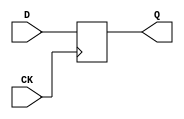
//# 8 inputs
//# 19 outputs
//# 6 D-type flipflops
//# 103 inverters
//# 550 gates (350 ANDs + 0 NANDs + 200 ORs + 0 NORs)

module dff (CK,Q,D);
input CK,D;
output Q;
reg Q;
always @ (posedge CK)
  Q <= D;
endmodule

module s1488(CK,CLR,v0,v1,v13_D_10,v13_D_11,v13_D_12,v13_D_13,v13_D_14,
  v13_D_15,
  v13_D_16,v13_D_17,v13_D_18,v13_D_19,v13_D_20,v13_D_21,v13_D_22,v13_D_23,
  v13_D_24,v13_D_6,v13_D_7,v13_D_8,v13_D_9,v2,v3,v4,v5,v6);
input CK,CLR,v6,v5,v4,v3,v2,v1,v0;
output v13_D_20,v13_D_21,v13_D_16,v13_D_22,v13_D_19,v13_D_18,v13_D_11,v13_D_23,
  v13_D_6,v13_D_15,v13_D_9,v13_D_10,v13_D_8,v13_D_24,v13_D_14,v13_D_7,v13_D_17,
  v13_D_12,v13_D_13;

  wire v12,v13_D_5C,v11,v13_D_4C,v10,v13_D_3C,v9,v13_D_2C,v8,v13_D_1C,v7,
    v13_D_0C,v0E,v1E,v2E,v3E,v4E,v5E,v6E,v7E,v8E,v9E,v10E,v11E,v12E,C208DE,
    C208D,II101,IIII518,C129DE,C129D,II114,C193D,C124DE,C124D,II143,IIII393,
    C108DE,C108D,C81DE,C81D,C83DE,C83D,II159,IIII344,C166DE,C166D,C104DE,C104D,
    C218DE,C218D,C131DE,C131D,C165DE,C165D,C220DE,C220D,C117DE,C117D,C194DE,
    C194D,C191DE,C191D,C141DE,C141D,C118DE,C118D,C70DE,C70D,C30DE,C30D,C144DE,
    C144D,C138DE,C138D,C157DE,C157D,C90DE,C90D,II246,C79D,C49DE,C49D,II294,
    IIII352,C150D,II373,IIII194,C97D,C180DE,C180D,II662,Av13_D_20B,II659,
    Av13_D_21B,C195DE,C195D,II674,Av13_D_16B,II656,Av13_D_22B,II665,Av13_D_19B,
    II668,Av13_D_18B,II689,Av13_D_11B,II653,Av13_D_23B,II704,Av13_D_6B,II677,
    Av13_D_15B,II695,Av13_D_9B,II692,Av13_D_10B,II698,Av13_D_8B,II650,
    Av13_D_24B,II680,Av13_D_14B,II722,Av13_D_0B,II701,Av13_D_7B,II713,
    Av13_D_3B,II719,Av13_D_1B,II707,Av13_D_5B,II710,Av13_D_4B,II671,Av13_D_17B,
    II716,Av13_D_2B,v13_D_0,v13_D_3,v13_D_1,II686,Av13_D_12B,v13_D_5,v13_D_4,
    v13_D_2,II683,Av13_D_13B,IIII533,IIII510,IIII389,IIII559,IIII546,IIII479,
    IIII380,IIII287,IIII516,IIII520,II329,IIII555,IIII537,IIII489,IIII461,
    IIII427,II254,IIII554,IIII528,IIII444,IIII442,II368,IIII534,IIII471,
    IIII464,IIII453,IIII430,IIII425,IIII167,IIII547,IIII524,II142,IIII508,
    IIII501,IIII492,IIII409,IIII357,IIII317,IIII170,IIII336,IIII560,IIII538,
    IIII506,IIII476,IIII466,IIII447,IIII417,IIII415,IIII412,IIII396,IIII372,
    IIII366,IIII333,IIII315,C155D,IIII251,IIII200,IIII189,IIII291,C142D,
    IIII392,IIII323,C127D,IIII381,IIII321,C33D,IIII378,IIII390,IIII350,IIII354,
    IIII399,IIII320,IIII349,IIII318,IIII486,IIII152,IIII329,IIII171,IIII175,
    IIII439,IIII403,IIII387,IIII369,IIII328,IIII310,IIII239,II642,IIII332,
    IIII306,IIII395,IIII347,IIII494,IIII299,IIII43,IIII365,C56D,IIII326,
    IIII500,IIII483,IIII478,IIII470,IIII468,IIII449,IIII296,IIII269,IIII259,
    IIII232,IIII513,C77D,IIII356,C50D,IIII335,IIII495,IIII420,IIII460,IIII435,
    IIII359,IIII338,IIII482,IIII452,IIII441,IIII498,IIII406,IIII191,IIII186,
    IIII134,C151D,IIII176,C145D,IIII497,IIII405,IIII463,IIII346,IIII485,
    IIII383,IIII219,IIII398,IIII341,IIII163,IIII109,C179D,IIII224,C163D,
    IIII503,IIII473,IIII456,IIII429,IIII419,IIII402,IIII386,IIII374,IIII205,
    IIII342,C159D,IIII438,IIII436,IIII433,IIII339,IIII272,IIII247,IIII243,
    IIII229,IIII226,IIII215,IIII202,IIII182,IIII179,IIII161,IIII148,IIII140,
    IIII136,C47D,IIII75,IIII111,C98D,IIII210,C120D,IIII375,C86D,IIII141,C170D,
    IIII79,IIII31,IIII514,IIII505,IIII491,IIII475,IIII450,IIII414,IIII384,
    IIII362,IIII293,IIII278,IIII256,IIII253,IIII250,IIII151,IIII363,C178D,
    IIII423,IIII302,IIII284,IIII131,IIII64,IIII360,C59D,IIII457,IIII446,
    IIII432,IIII377,IIII371,IIII368,IIII325,IIII314,IIII275,IIII157,C82D,
    IIII308,C111D,IIII208,C122D,IIII234,C167D,IIII35,IIII95,C76D,IIII282,C36D,
    IIII237,C221D,IIII177,C137D,IIII80,C192D,IIII305,IIII266,IIII212,IIII145,
    IIII203,C34D,IIII209,C119D,IIII199,C63D,IIII288,C203D,IIII206,IIII233,
    C168D,IIII128,C69D,IIII281,C29D,IIII285,C222D,IIII158,C84D,IIII227,C139D,
    IIII197,C158D,IIII248,C45D,IIII86,C54D,IIII91,C148D,IIII213,C57D,IIII276,
    C27D,IIII303,C172D,IIII263,C41D,IIII113,C93D,IIII114,IIII220,C51D,IIII240,
    C125D,IIII130,C60D,IIII267,C214D,C213D,IIII260,C78D,IIII222,C156D,IIII297,
    C209D,IIII101,C128D,IIII41,C96D,IIII34,C91D,IIII294,C211D,IIII174,C143D,
    IIII173,C146D,IIII273,C201D,IIII218,C44D,IIII192,IIII66,C100D,IIII82,C217D,
    IIII44,C106D,IIII104,C107D,IIII223,C160D,IIII257,C215D,IIII39,C103D,
    IIII230,C109D,IIII98,C87D,C200D,IIII40,C92D,IIII245,C185D,IIII65,IIII270,
    C55D,IIII300,C105D,IIII280,C26D,IIII311,C71D,IIII164,C133D,IIII156,C80D,
    IIII216,C189D,IIII254,C39D,IIII58,C75D,IIII106,C114D,IIII62,C95D,IIII262,
    C42D,IIII236,C219D,IIII242,C130D,IIII73,C31D,IIII188,C175D,IIII196,C161D,
    IIII149,C112D,IIII169,IIII183,C183D,IIII117,C35D,IIII120,C123D,IIII160,
    C65D,IIII166,C205D,IIII133,C152D,IIII142,C169D,IIII146,C223D,IIII92,C140D,
    IIII137,C46D,IIII126,C58D,IIII71,C28D,IIII180,C173D,IIII63,C99D,IIII119,
    C126D,IIII97,C88D,C210D,IIII185,IIII69,C202D,IIII153,C52D,II548,C199D,
    IIII124,C164D,C216D,IIII46,C110D,IIII54,C186D,IIII127,C73D,IIII103,C115D,
    IIII116,C37D,IIII129,C72D,IIII100,C134D,IIII96,C85D,IIII29,C190D,IIII154,
    C40D,IIII88,C43D,IIII83,C225D,IIII51,C132D,IIII49,C176D,IIII123,C162D,
    IIII105,C113D,IIII27,C184D,IIII93,C147D,IIII59,C67D,IIII68,C206D,C153D,
    IIII84,C224D,IIII89,C48D,IIII76,C174D,IIII108,C181D,IIII78,C196D,IIII72,
    C38D,IIII52,C135D,IIII36,C89D,IIII87,C53D,IIII45,C116D,IIII38,C102D,IIII32,
    C207D,IIII60,C74D,IIII48,C177D,IIII55,C187D,IIII28,C188D,II491,II497,II610,
    II542;

  dff DFF_0(CK,v12,v13_D_5C);
  dff DFF_1(CK,v11,v13_D_4C);
  dff DFF_2(CK,v10,v13_D_3C);
  dff DFF_3(CK,v9,v13_D_2C);
  dff DFF_4(CK,v8,v13_D_1C);
  dff DFF_5(CK,v7,v13_D_0C);
  not NOT_0(v0E,v0);
  not NOT_1(v1E,v1);
  not NOT_2(v2E,v2);
  not NOT_3(v3E,v3);
  not NOT_4(v4E,v4);
  not NOT_5(v5E,v5);
  not NOT_6(v6E,v6);
  not NOT_7(v7E,v7);
  not NOT_8(v8E,v8);
  not NOT_9(v9E,v9);
  not NOT_10(v10E,v10);
  not NOT_11(v11E,v11);
  not NOT_12(v12E,v12);
  not NOT_13(C208DE,C208D);
  not NOT_14(II101,v9);
  not NOT_15(IIII518,II101);
  not NOT_16(C129DE,C129D);
  not NOT_17(II114,v2);
  not NOT_18(C193D,II114);
  not NOT_19(C124DE,C124D);
  not NOT_20(II143,v10E);
  not NOT_21(IIII393,II143);
  not NOT_22(C108DE,C108D);
  not NOT_23(C81DE,C81D);
  not NOT_24(C83DE,C83D);
  not NOT_25(II159,C83D);
  not NOT_26(IIII344,II159);
  not NOT_27(C166DE,C166D);
  not NOT_28(C104DE,C104D);
  not NOT_29(C218DE,C218D);
  not NOT_30(C131DE,C131D);
  not NOT_31(C165DE,C165D);
  not NOT_32(C220DE,C220D);
  not NOT_33(C117DE,C117D);
  not NOT_34(C194DE,C194D);
  not NOT_35(C191DE,C191D);
  not NOT_36(C141DE,C141D);
  not NOT_37(C118DE,C118D);
  not NOT_38(C70DE,C70D);
  not NOT_39(C30DE,C30D);
  not NOT_40(C144DE,C144D);
  not NOT_41(C138DE,C138D);
  not NOT_42(C157DE,C157D);
  not NOT_43(C90DE,C90D);
  not NOT_44(II246,v11);
  not NOT_45(C79D,II246);
  not NOT_46(C49DE,C49D);
  not NOT_47(II294,IIII352);
  not NOT_48(C150D,II294);
  not NOT_49(II373,IIII194);
  not NOT_50(C97D,II373);
  not NOT_51(C180DE,C180D);
  not NOT_52(II662,Av13_D_20B);
  not NOT_53(v13_D_20,II662);
  not NOT_54(II659,Av13_D_21B);
  not NOT_55(C195DE,C195D);
  not NOT_56(II674,Av13_D_16B);
  not NOT_57(II656,Av13_D_22B);
  not NOT_58(v13_D_21,II659);
  not NOT_59(II665,Av13_D_19B);
  not NOT_60(v13_D_16,II674);
  not NOT_61(v13_D_22,II656);
  not NOT_62(II668,Av13_D_18B);
  not NOT_63(v13_D_19,II665);
  not NOT_64(II689,Av13_D_11B);
  not NOT_65(II653,Av13_D_23B);
  not NOT_66(II704,Av13_D_6B);
  not NOT_67(v13_D_18,II668);
  not NOT_68(II677,Av13_D_15B);
  not NOT_69(II695,Av13_D_9B);
  not NOT_70(v13_D_11,II689);
  not NOT_71(v13_D_23,II653);
  not NOT_72(II692,Av13_D_10B);
  not NOT_73(v13_D_6,II704);
  not NOT_74(II698,Av13_D_8B);
  not NOT_75(v13_D_15,II677);
  not NOT_76(v13_D_9,II695);
  not NOT_77(II650,Av13_D_24B);
  not NOT_78(v13_D_10,II692);
  not NOT_79(II680,Av13_D_14B);
  not NOT_80(v13_D_8,II698);
  not NOT_81(v13_D_24,II650);
  not NOT_82(II722,Av13_D_0B);
  not NOT_83(II701,Av13_D_7B);
  not NOT_84(II713,Av13_D_3B);
  not NOT_85(II719,Av13_D_1B);
  not NOT_86(II707,Av13_D_5B);
  not NOT_87(II710,Av13_D_4B);
  not NOT_88(v13_D_14,II680);
  not NOT_89(II671,Av13_D_17B);
  not NOT_90(II716,Av13_D_2B);
  not NOT_91(v13_D_0,II722);
  not NOT_92(v13_D_7,II701);
  not NOT_93(v13_D_3,II713);
  not NOT_94(v13_D_1,II719);
  not NOT_95(II686,Av13_D_12B);
  not NOT_96(v13_D_5,II707);
  not NOT_97(v13_D_4,II710);
  not NOT_98(v13_D_17,II671);
  not NOT_99(v13_D_2,II716);
  not NOT_100(v13_D_12,II686);
  not NOT_101(II683,Av13_D_13B);
  not NOT_102(v13_D_13,II683);
  and AND2_0(IIII533,v9,v10);
  and AND2_1(IIII510,v9,v10);
  and AND3_0(IIII389,v8,v9,v10);
  and AND2_2(IIII559,v8,v11);
  and AND2_3(IIII546,v0,v11);
  and AND2_4(IIII479,v0,v11);
  and AND2_5(IIII380,v2,v11);
  and AND2_6(IIII287,v9,v11);
  and AND2_7(IIII516,v1,v12);
  and AND2_8(IIII520,v3E,v6E);
  and AND3_1(II329,v3,v7E,v10);
  and AND3_2(IIII555,v0,v8E,v11);
  and AND4_0(IIII537,v6E,v7E,v8E,v12);
  and AND2_9(IIII489,v8E,v11);
  and AND3_3(IIII461,v8E,v9,v12);
  and AND3_4(IIII427,v8E,v9,v10);
  and AND4_1(II254,v1,v6,v7E,v8E);
  and AND3_5(IIII554,v2E,v8,v9E);
  and AND2_10(IIII528,v9E,v11);
  and AND2_11(IIII444,v3E,v9E);
  and AND3_6(IIII442,v7E,v8E,v9E);
  and AND3_7(II368,v7,v8,v9E);
  and AND2_12(IIII534,v8E,v10E);
  and AND3_8(IIII471,v1,v10E,v12);
  and AND3_9(IIII464,v8E,v10E,v11);
  and AND2_13(IIII453,v10E,v12);
  and AND3_10(IIII430,v1E,v9,v10E);
  and AND2_14(IIII425,v8E,v10E);
  and AND3_11(IIII167,v8,v11,C129D);
  and AND2_15(IIII547,v10,v11E);
  and AND2_16(IIII524,v6,v11E);
  and AND3_12(II142,v7E,v9,v11E);
  and AND2_17(IIII508,v9E,v11E);
  and AND2_18(IIII501,v8E,v11E);
  and AND2_19(IIII492,v10,v11E);
  and AND2_20(IIII409,v9,v11E);
  and AND2_21(IIII357,v10,v11E);
  and AND2_22(IIII317,v10,v11E);
  and AND2_23(IIII170,v10,v11E);
  and AND2_24(IIII352,v8,C124D);
  and AND2_25(IIII336,C124D,v12);
  and AND2_26(IIII560,v7E,v12E);
  and AND2_27(IIII538,v8,v12E);
  and AND4_2(IIII506,v7E,v9,v10E,v12E);
  and AND4_3(IIII476,v8E,v9,v11E,v12E);
  and AND3_13(IIII466,v8E,v11E,v12E);
  and AND4_4(IIII447,v8E,v9,v10E,v12E);
  and AND3_14(IIII417,v5E,v11E,v12E);
  and AND3_15(IIII415,v8E,v11E,v12E);
  and AND3_16(IIII412,v3,v10E,v12E);
  and AND2_28(IIII396,v10E,v12E);
  and AND2_29(IIII372,C129D,v12E);
  and AND4_5(IIII366,v8E,v9,v11E,v12E);
  and AND2_30(IIII333,v11E,v12E);
  and AND3_17(IIII315,C155D,v12E,C129D);
  and AND3_18(IIII251,v6E,v11E,v12E);
  and AND2_31(IIII200,v12E,C124D);
  and AND2_32(IIII189,v7,v12E);
  and AND2_33(IIII291,C142D,v11);
  and AND2_34(IIII392,C81D,v11E);
  and AND2_35(IIII323,v10E,C127D);
  and AND2_36(IIII381,C166D,v11E);
  and AND3_19(IIII321,C33D,v11E,v12E);
  and AND4_6(IIII378,C218D,v5E,v9,v12E);
  and AND2_37(IIII390,C220D,v10E);
  and AND2_38(IIII350,v11,C117D);
  and AND2_39(IIII354,C191D,v11);
  and AND2_40(IIII399,v8,C141D);
  and AND2_41(IIII320,v11,C141D);
  and AND2_42(IIII349,C118D,v11E);
  and AND2_43(IIII318,v11,C118D);
  and AND4_7(IIII486,v6E,v8E,v12,C129DE);
  and AND3_20(IIII152,v8,v12E,C129DE);
  and AND3_21(IIII329,v9,v12,C30D);
  and AND2_44(IIII171,v8,C193D);
  and AND2_45(IIII175,v9,C144D);
  and AND3_22(IIII439,v6,v12,C124DE);
  and AND4_8(IIII403,v9,v12E,C124DE,II254);
  and AND3_23(IIII387,v8E,v9E,C124DE);
  and AND2_46(IIII369,v9,C124DE);
  and AND3_24(IIII328,v3,v12E,C124DE);
  and AND4_9(IIII310,v6E,v9,v12E,C124DE);
  and AND3_25(IIII239,v9,v12,C124DE);
  and AND3_26(II642,v7E,v8E,C124DE);
  and AND2_47(IIII332,C138D,v9E);
  and AND2_48(IIII306,C129DE,C138D);
  and AND2_49(IIII395,C157D,v9E);
  and AND2_50(IIII347,C90D,v10E);
  and AND3_27(IIII494,v8E,v10,C108DE);
  and AND2_51(IIII299,v11E,C108DE);
  and AND3_28(IIII43,v8,v10,C108DE);
  and AND3_29(IIII365,C56D,v8,v11);
  and AND2_52(IIII326,C81DE,C129D);
  and AND3_30(IIII500,v8,v11,C83DE);
  and AND4_10(IIII483,v8E,v9E,v11E,C83DE);
  and AND2_53(IIII478,v10E,C83DE);
  and AND3_31(IIII470,v8,v12E,C83DE);
  and AND2_54(IIII468,v9,C83DE);
  and AND2_55(IIII449,C108DE,C83DE);
  and AND4_11(IIII296,v8E,v9E,C124DE,C83DE);
  and AND3_32(IIII269,v11E,C108DE,C83DE);
  and AND3_33(IIII259,v12E,C129DE,C83DE);
  and AND2_56(IIII232,C165D,C83DE);
  and AND3_34(IIII513,v12E,C166DE,II142);
  and AND3_35(IIII194,v3,v12,C77D);
  and AND2_57(IIII356,C50D,v10E);
  and AND2_58(IIII335,v12E,C218DE);
  and AND3_36(IIII495,v9,v11,C131DE);
  and AND3_37(IIII420,v2E,v7,C131DE);
  and AND3_38(IIII460,v2E,v12E,C165DE);
  and AND2_59(IIII435,v12,C165DE);
  and AND2_60(IIII359,v12E,C165DE);
  and AND2_61(IIII338,C108D,C165DE);
  and AND2_62(IIII482,v2,C220DE);
  and AND2_63(IIII452,v12E,C220DE);
  and AND2_64(IIII441,v11,C220DE);
  and AND2_65(IIII498,v8,C117DE);
  and AND3_39(IIII406,v8,v11,C117DE);
  and AND3_40(IIII191,v8,v11,C117DE);
  and AND3_41(IIII186,v8,v11,C117DE);
  and AND3_42(IIII134,v7E,v10,C151D);
  and AND2_66(IIII176,v10E,C145D);
  and AND3_43(IIII497,v8E,v9E,C194DE);
  and AND3_44(IIII405,v8E,v9E,C194DE);
  and AND2_67(IIII463,C165DE,C191DE);
  and AND2_68(IIII346,v12,C191DE);
  and AND3_45(IIII485,v6,C141DE,C220DE);
  and AND2_69(IIII383,C70D,C141DE);
  and AND2_70(IIII219,C49D,v9);
  and AND2_71(IIII398,v12E,C118DE);
  and AND2_72(IIII341,v11E,C118DE);
  and AND3_46(IIII163,v11E,v12E,C118DE);
  and AND4_12(IIII109,C179D,v2,v8,v11);
  and AND3_47(IIII224,C163D,v8E,v11);
  and AND2_73(IIII503,v9E,C30DE);
  and AND2_74(IIII473,v0E,C30DE);
  and AND2_75(IIII456,v9,C30DE);
  and AND2_76(IIII429,v9E,C30DE);
  and AND4_13(IIII419,v5E,v7E,v8E,C30DE);
  and AND3_48(IIII402,v8,v9E,C30DE);
  and AND4_14(IIII386,v0,C104D,v8,C30DE);
  and AND2_77(IIII374,v9E,C30DE);
  and AND2_78(IIII205,v8E,C30DE);
  and AND2_79(IIII342,C159D,v8E);
  and AND3_49(IIII438,v0,v10,C144DE);
  and AND3_50(IIII436,v8E,v9,C144DE);
  and AND2_80(IIII433,v10,C144DE);
  and AND2_81(IIII339,v8E,C144DE);
  and AND2_82(IIII272,v10E,C144DE);
  and AND2_83(IIII247,v10,C144DE);
  and AND3_51(IIII243,C131D,v9,C144DE);
  and AND3_52(IIII229,v9,v10,C144DE);
  and AND3_53(IIII226,v8E,v10E,C144DE);
  and AND3_54(IIII215,v1,v9,C144DE);
  and AND4_15(IIII202,v9E,C144DE,C83DE,C194DE);
  and AND3_55(IIII182,v8E,v10E,C144DE);
  and AND3_56(IIII179,v9,v10,C144DE);
  and AND2_84(IIII161,C144DE,C191D);
  and AND3_57(IIII148,v9,v10E,C144DE);
  and AND3_58(IIII140,v8E,v10E,C144DE);
  and AND2_85(IIII136,C47D,C144DE);
  and AND2_86(IIII75,C129DE,C144DE);
  and AND2_87(IIII111,C98D,v10E);
  and AND2_88(IIII210,v9,C120D);
  and AND2_89(IIII375,C86D,v10E);
  and AND2_90(IIII141,C170D,v8);
  and AND2_91(IIII79,v8,C170D);
  and AND3_59(IIII31,C108DE,C83DE,II642);
  and AND4_16(IIII514,v2,v7,v9E,C138DE);
  and AND4_17(IIII505,v7,v8,C138DE,C191DE);
  and AND2_92(IIII491,v10E,C138DE);
  and AND3_60(IIII475,v2E,v8,C138DE);
  and AND4_18(IIII450,v3,v8,C138DE,C104DE);
  and AND2_93(IIII414,v6,C138DE);
  and AND2_94(IIII384,v10E,C138DE);
  and AND2_95(IIII362,v8,C138DE);
  and AND4_19(Av13_D_20B,C138DE,C220DE,C104D,II329);
  and AND3_61(IIII293,C138DE,C118DE,II368);
  and AND2_96(IIII278,v10E,C138DE);
  and AND3_62(IIII256,v9,v10,C138DE);
  and AND3_63(IIII253,v1E,v10E,C138DE);
  and AND3_64(IIII250,C77D,v3,C138DE);
  and AND2_97(IIII151,v9,C138DE);
  and AND2_98(IIII363,v1E,C178D);
  and AND2_99(IIII423,v3E,C157DE);
  and AND2_100(IIII302,v11E,C157DE);
  and AND2_101(IIII284,v11E,C157DE);
  and AND3_65(IIII131,v9,v11E,C157DE);
  and AND2_102(IIII64,v11E,C157DE);
  and AND2_103(IIII360,v3E,C59D);
  and AND3_66(IIII457,v6,C124DE,C90DE);
  and AND2_104(IIII446,v11E,C90DE);
  and AND2_105(IIII432,v7,C90DE);
  and AND3_67(IIII377,v7,v10,C90DE);
  and AND2_106(IIII371,v10E,C90DE);
  and AND2_107(IIII368,C30D,C90DE);
  and AND2_108(IIII325,v10,C90DE);
  and AND2_109(IIII314,v10,C90DE);
  and AND3_68(IIII275,v7,v8,C90DE);
  and AND2_110(IIII157,C82D,v9E);
  and AND2_111(IIII308,C111D,C144DE);
  and AND2_112(IIII208,C122D,v11E);
  and AND2_113(IIII234,v8,C167D);
  and AND4_20(IIII35,C79D,v7,v9,v12E);
  and AND2_114(IIII95,C76D,C81DE);
  and AND2_115(IIII282,C36D,v12);
  and AND3_69(IIII237,v7,v12E,C221D);
  and AND2_116(IIII177,C137D,C127D);
  and AND3_70(IIII80,v7,v12E,C192D);
  and AND2_117(IIII305,v9,C49DE);
  and AND3_71(IIII266,v7,C49DE,C220DE);
  and AND2_118(IIII212,v9E,C49DE);
  and AND3_72(IIII145,C49DE,C166DE,C220DE);
  and AND2_119(IIII203,C34D,v9);
  and AND2_120(IIII209,v8,C119D);
  and AND2_121(IIII199,v9E,C63D);
  and AND2_122(IIII288,v7E,C203D);
  and AND2_123(IIII206,v7,C150D);
  and AND2_124(IIII233,C168D,v8E);
  and AND2_125(IIII128,v8,C69D);
  and AND2_126(IIII281,v3E,C29D);
  and AND2_127(IIII285,C222D,v10E);
  and AND2_128(IIII158,C84D,v10E);
  and AND3_73(IIII227,C139D,v8,v10);
  and AND3_74(IIII197,C158D,v7,v11E);
  and AND2_129(IIII248,C45D,v10E);
  and AND2_130(IIII86,C54D,C165DE);
  and AND2_131(IIII91,C148D,C131DE);
  and AND2_132(IIII213,C57D,v10E);
  and AND4_21(IIII276,C27D,v7E,v9,v12E);
  and AND2_133(IIII303,C172D,v12E);
  and AND3_75(IIII263,v7E,v11,C41D);
  and AND3_76(IIII113,v2E,v12E,C93D);
  and AND2_134(IIII114,v9,C97D);
  and AND2_135(IIII220,C51D,v12);
  and AND2_136(IIII240,C125D,v9E);
  and AND2_137(IIII130,C60D,C83D);
  and AND3_77(IIII267,C214D,v7E,v10E);
  and AND4_22(Av13_D_21B,C213D,v7E,v10E,v12E);
  and AND2_138(IIII260,v3E,C78D);
  and AND2_139(IIII222,C156D,C83DE);
  and AND3_78(IIII297,C209D,C208D,v11);
  and AND3_79(IIII101,C127D,C128D,v12E);
  and AND3_80(IIII41,v7,v12E,C96D);
  and AND2_140(IIII34,C91D,C165DE);
  and AND4_23(IIII294,C211D,v3,v7E,v11E);
  and AND2_141(IIII174,v8E,C143D);
  and AND2_142(IIII173,C146D,v11E);
  and AND2_143(IIII273,C201D,v8);
  and AND3_81(IIII218,v12E,C44D,C83DE);
  and AND3_82(IIII192,v8E,v9E,C44D);
  and AND3_83(IIII66,v8E,v12E,C100D);
  and AND3_84(IIII82,v0E,C217D,C108DE);
  and AND2_144(IIII44,v2E,C106D);
  and AND3_85(IIII104,v3,C107D,v12);
  and AND3_86(IIII223,v7E,C160D,v9E);
  and AND2_145(IIII257,C215D,v9E);
  and AND2_146(IIII39,C103D,v10E);
  and AND2_147(IIII230,C109D,v10E);
  and AND3_87(IIII98,v8E,v12,C87D);
  and AND3_88(Av13_D_16B,C200D,v8,v10);
  and AND2_148(IIII40,v2,C92D);
  and AND2_149(IIII245,C185D,v8E);
  and AND2_150(IIII65,v9,C185D);
  and AND2_151(IIII270,v1E,C55D);
  and AND2_152(IIII300,v0E,C105D);
  and AND2_153(IIII280,v1E,C26D);
  and AND2_154(IIII311,C71D,v9E);
  and AND2_155(IIII164,C133D,v8E);
  and AND2_156(IIII156,C80D,v9);
  and AND2_157(IIII216,C189D,v9E);
  and AND2_158(IIII254,C39D,v8E);
  and AND2_159(IIII58,C75D,C129DE);
  and AND2_160(IIII106,v8E,C114D);
  and AND2_161(IIII62,v6E,C95D);
  and AND2_162(IIII262,C42D,v8);
  and AND3_89(IIII236,v2E,v8,C219D);
  and AND2_163(IIII242,C130D,C165DE);
  and AND3_90(IIII73,v7,C31D,v8);
  and AND2_164(IIII188,C175D,v11);
  and AND2_165(IIII196,C161D,v11);
  and AND2_166(IIII149,C112D,v10);
  and AND2_167(IIII169,C195D,v8E);
  and AND2_168(IIII183,C183D,v8);
  and AND2_169(IIII117,v8E,C35D);
  and AND2_170(IIII120,v7E,C123D);
  and AND2_171(IIII160,v8,C65D);
  and AND2_172(IIII166,C205D,v10);
  and AND2_173(IIII133,C152D,v9);
  and AND2_174(IIII142,v7E,C169D);
  and AND3_91(IIII146,C223D,v8E,v9E);
  and AND2_175(IIII92,v7,C140D);
  and AND2_176(IIII137,v8,C46D);
  and AND2_177(IIII126,v2,C58D);
  and AND2_178(IIII71,v2E,C28D);
  and AND2_179(IIII180,C173D,v9E);
  and AND2_180(IIII63,v8,C99D);
  and AND2_181(IIII119,C126D,v8);
  and AND2_182(IIII97,C88D,v11E);
  and AND3_92(Av13_D_18B,C210D,v7E,v12E);
  and AND2_183(IIII185,v8E,C195DE);
  and AND2_184(IIII69,v7,C202D);
  and AND2_185(IIII153,C52D,v8E);
  and AND3_93(II548,C199D,v4,v5E);
  and AND2_186(IIII124,C164D,v12E);
  and AND3_94(Av13_D_23B,C216D,v7E,v8E);
  and AND2_187(IIII46,v7,C110D);
  and AND2_188(IIII54,C186D,v9E);
  and AND2_189(IIII127,C73D,v10E);
  and AND2_190(IIII103,C115D,v10);
  and AND2_191(IIII116,C37D,v9);
  and AND2_192(IIII129,v8E,C72D);
  and AND2_193(IIII100,C134D,v9E);
  and AND2_194(IIII96,v8,C85D);
  and AND2_195(IIII29,C190D,v10);
  and AND2_196(IIII154,v2,C40D);
  and AND2_197(IIII88,v2E,C43D);
  and AND2_198(IIII83,C225D,v11);
  and AND2_199(IIII51,C132D,v7);
  and AND2_200(IIII49,v8,C176D);
  and AND2_201(IIII123,v8,C162D);
  and AND2_202(IIII105,v8,C113D);
  and AND2_203(IIII27,C184D,v7);
  and AND2_204(IIII93,v7E,C147D);
  and AND2_205(IIII59,v7,C67D);
  and AND2_206(IIII68,C206D,v12E);
  and AND3_95(Av13_D_15B,v7E,v12E,II548);
  and AND2_207(Av13_D_9B,C153D,v12E);
  and AND2_208(IIII84,v7E,C224D);
  and AND2_209(IIII89,v7,C48D);
  and AND2_210(IIII76,v7E,C174D);
  and AND2_211(IIII108,C181D,C83DE);
  and AND2_212(IIII78,v7E,C196D);
  and AND2_213(IIII72,C38D,v7E);
  and AND2_214(IIII52,C135D,v7E);
  and AND2_215(IIII36,v7E,C89D);
  and AND2_216(IIII87,C53D,v7E);
  and AND2_217(IIII45,C116D,v7E);
  and AND2_218(IIII38,C102D,v7E);
  and AND2_219(IIII32,C207D,v2);
  and AND2_220(IIII60,v7E,C74D);
  and AND2_221(IIII48,C177D,v8E);
  and AND2_222(IIII55,C187D,v12E);
  and AND2_223(IIII28,v7E,C188D);
  and AND2_224(v13_D_0C,v13_D_0,CLR);
  and AND2_225(v13_D_3C,v13_D_3,CLR);
  and AND2_226(v13_D_1C,v13_D_1,CLR);
  and AND2_227(v13_D_5C,v13_D_5,CLR);
  and AND2_228(v13_D_4C,v13_D_4,CLR);
  and AND2_229(v13_D_2C,v13_D_2,CLR);
  or OR2_0(C208D,v5,v4);
  or OR2_1(C155D,v2,v7);
  or OR2_2(C129D,v9,v10);
  or OR2_3(C124D,v10,v11);
  or OR2_4(C142D,v0,v12);
  or OR2_5(C108D,v9,v12);
  or OR2_6(C81D,v2E,v12);
  or OR2_7(C83D,v4E,v5E);
  or OR2_8(C127D,v5E,v4);
  or OR2_9(C166D,v3E,v6E);
  or OR2_10(C33D,v6E,v10);
  or OR2_11(C104D,v1,v6E);
  or OR2_12(C218D,v7E,v10);
  or OR2_13(C131D,v8E,v10);
  or OR2_14(C165D,v8E,v11);
  or OR2_15(C220D,v8E,v9E);
  or OR2_16(C117D,v9E,v2);
  or OR2_17(C194D,v0,v10E);
  or OR2_18(C191D,v10E,v9);
  or OR2_19(C141D,v10E,v12);
  or OR2_20(C118D,v2E,v10E);
  or OR2_21(C70D,v0,v11E);
  or OR2_22(C30D,v10E,v11E);
  or OR2_23(C144D,v11E,v12);
  or OR2_24(C138D,v11E,v12E);
  or OR2_25(C157D,v10E,v12E);
  or OR2_26(C90D,v9,v12E);
  or OR2_27(C56D,v9,IIII516);
  or OR2_28(C77D,C104D,v0E);
  or OR2_29(C50D,IIII520,v11);
  or OR2_30(C151D,IIII554,IIII555);
  or OR2_31(C145D,IIII528,v12);
  or OR2_32(C47D,IIII533,IIII534);
  or OR2_33(C49D,C141D,v11);
  or OR2_34(C179D,v10,IIII518);
  or OR2_35(C163D,C129DE,IIII510);
  or OR2_36(C159D,IIII546,IIII547);
  or OR2_37(C98D,C144D,IIII444);
  or OR2_38(C120D,C144D,IIII425);
  or OR2_39(C86D,v9,IIII524);
  or OR2_40(C170D,C124DE,v9E);
  or OR2_41(C178D,IIII559,IIII560);
  or OR2_42(C59D,IIII537,IIII538);
  or OR2_43(C82D,IIII392,IIII393);
  or OR2_44(C111D,C83DE,v2);
  or OR2_45(C122D,v12,IIII323);
  or OR2_46(C167D,IIII380,IIII381);
  or OR2_47(C76D,C131DE,IIII427);
  or OR2_48(C36D,C165DE,v10E);
  or OR2_49(C221D,IIII389,IIII390);
  or OR2_50(C137D,C117DE,IIII489);
  or OR2_51(C180D,C194DE,v11E);
  or OR2_52(C192D,v8,IIII354);
  or OR2_53(C34D,IIII320,IIII321);
  or OR2_54(C119D,IIII349,IIII350);
  or OR2_55(C63D,IIII317,IIII318);
  or OR2_56(C203D,C70DE,IIII508);
  or OR2_57(C168D,C159D,v9);
  or OR2_58(C69D,IIII328,IIII329);
  or OR2_59(C29D,C138DE,IIII466);
  or OR2_60(C222D,C138DE,IIII417);
  or OR2_61(C84D,C138DE,IIII344);
  or OR2_62(C139D,IIII332,IIII333);
  or OR2_63(C158D,IIII395,IIII396);
  or OR2_64(C45D,C90DE,v11E);
  or OR2_65(C54D,C90DE,IIII412);
  or OR2_66(C148D,C90DE,IIII409);
  or OR2_67(C57D,IIII365,IIII366);
  or OR2_68(C27D,IIII500,IIII501);
  or OR2_69(C172D,IIII478,IIII479);
  or OR2_70(C41D,IIII470,IIII471);
  or OR2_71(C93D,C191DE,IIII468);
  or OR2_72(C51D,IIII356,IIII357);
  or OR2_73(C125D,IIII335,IIII336);
  or OR2_74(C60D,IIII494,IIII495);
  or OR2_75(C214D,IIII460,IIII461);
  or OR2_76(C213D,IIII482,IIII483);
  or OR2_77(C78D,IIII452,IIII453);
  or OR2_78(C156D,IIII441,IIII442);
  or OR2_79(C209D,IIII497,IIII498);
  or OR2_80(C128D,IIII405,IIII406);
  or OR2_81(C96D,IIII463,IIII464);
  or OR2_82(C91D,IIII346,IIII347);
  or OR2_83(C211D,IIII485,IIII486);
  or OR3_0(C143D,C49DE,v9,IIII291);
  or OR2_84(C146D,IIII398,IIII399);
  or OR2_85(C201D,IIII503,v12E);
  or OR2_86(C44D,IIII473,C124DE);
  or OR2_87(C100D,IIII429,IIII430);
  or OR2_88(C217D,IIII419,IIII420);
  or OR2_89(C106D,IIII402,IIII403);
  or OR2_90(C107D,IIII386,IIII387);
  or OR2_91(C160D,IIII341,IIII342);
  or OR2_92(C215D,IIII438,IIII439);
  or OR2_93(C103D,IIII435,IIII436);
  or OR2_94(C109D,IIII338,IIII339);
  or OR2_95(C87D,IIII374,IIII375);
  or OR2_96(C200D,IIII513,IIII514);
  or OR2_97(C92D,IIII505,IIII506);
  or OR2_98(C185D,IIII491,IIII492);
  or OR2_99(C55D,IIII475,IIII476);
  or OR2_100(C105D,IIII449,IIII450);
  or OR2_101(C26D,IIII414,IIII415);
  or OR2_102(C71D,IIII383,IIII384);
  or OR2_103(C133D,C49DE,IIII278);
  or OR2_104(C80D,IIII250,IIII251);
  or OR2_105(C189D,IIII362,IIII363);
  or OR2_106(C39D,IIII423,v9);
  or OR2_107(C75D,IIII359,IIII360);
  or OR2_108(C114D,IIII456,IIII457);
  or OR2_109(C95D,IIII446,IIII447);
  or OR2_110(C42D,IIII432,IIII433);
  or OR2_111(C219D,IIII377,IIII378);
  or OR2_112(C130D,IIII371,IIII372);
  or OR2_113(C31D,IIII368,IIII369);
  or OR2_114(C175D,IIII325,IIII326);
  or OR2_115(C161D,IIII314,IIII315);
  or OR2_116(C112D,IIII308,v9E);
  or OR2_117(C195D,C180DE,v9);
  or OR2_118(C183D,IIII305,IIII306);
  or OR2_119(C35D,IIII202,IIII203);
  or OR4_0(C123D,C157DE,IIII208,IIII209,IIII210);
  or OR2_120(C65D,IIII199,IIII200);
  or OR2_121(C205D,IIII287,IIII288);
  or OR2_122(C152D,IIII205,IIII206);
  or OR4_1(C169D,IIII232,IIII233,v12,IIII234);
  or OR2_123(C223D,IIII284,IIII285);
  or OR2_124(C140D,IIII226,IIII227);
  or OR2_125(C46D,IIII247,IIII248);
  or OR2_126(C58D,IIII212,IIII213);
  or OR2_127(C28D,IIII275,IIII276);
  or OR2_128(C173D,IIII302,IIII303);
  or OR3_1(C99D,IIII111,IIII113,IIII114);
  or OR2_129(C126D,IIII239,IIII240);
  or OR2_130(Av13_D_22B,IIII266,IIII267);
  or OR2_131(C88D,IIII259,IIII260);
  or OR2_132(C210D,IIII296,IIII297);
  or OR2_133(Av13_D_19B,IIII293,IIII294);
  or OR3_2(II491,IIII173,IIII174,IIII175);
  or OR2_134(C202D,IIII272,IIII273);
  or OR3_3(C52D,IIII218,IIII219,IIII220);
  or OR2_135(C199D,IIII191,IIII192);
  or OR3_4(C164D,IIII222,IIII223,IIII224);
  or OR2_136(C216D,IIII256,IIII257);
  or OR2_137(C110D,IIII229,IIII230);
  or OR2_138(C186D,C49DE,IIII245);
  or OR2_139(C73D,IIII269,IIII270);
  or OR2_140(C115D,IIII299,IIII300);
  or OR3_5(C37D,IIII280,IIII281,IIII282);
  or OR2_141(C72D,IIII310,IIII311);
  or OR2_142(C134D,IIII163,IIII164);
  or OR3_6(C85D,IIII156,IIII157,IIII158);
  or OR2_143(C190D,IIII215,IIII216);
  or OR2_144(C40D,IIII253,IIII254);
  or OR2_145(C43D,IIII262,IIII263);
  or OR2_146(C225D,IIII236,IIII237);
  or OR2_147(C132D,IIII242,IIII243);
  or OR2_148(C176D,IIII188,IIII189);
  or OR2_149(C162D,IIII196,IIII197);
  or OR2_150(C113D,IIII148,IIII149);
  or OR3_7(II497,C208DE,C83DE,IIII169);
  or OR2_151(C184D,IIII182,IIII183);
  or OR3_8(C147D,IIII176,IIII177,II491);
  or OR2_152(C67D,IIII160,IIII161);
  or OR2_153(C206D,IIII166,IIII167);
  or OR2_154(C153D,IIII133,IIII134);
  or OR3_9(Av13_D_11B,IIII140,IIII141,IIII142);
  or OR2_155(C224D,IIII145,IIII146);
  or OR2_156(C48D,IIII136,IIII137);
  or OR2_157(C174D,IIII179,IIII180);
  or OR3_10(II610,IIII62,IIII63,IIII64);
  or OR2_158(Av13_D_6B,IIII119,IIII120);
  or OR2_159(C181D,IIII185,IIII186);
  or OR4_2(C196D,IIII170,v12,IIII171,II497);
  or OR3_11(II542,IIII126,IIII127,IIII128);
  or OR2_160(C38D,IIII116,IIII117);
  or OR2_161(C135D,IIII100,IIII101);
  or OR4_3(C89D,IIII95,IIII96,IIII97,IIII98);
  or OR4_4(C53D,IIII151,IIII152,IIII153,IIII154);
  or OR2_162(Av13_D_10B,IIII123,IIII124);
  or OR4_5(C116D,IIII103,IIII104,IIII105,IIII106);
  or OR3_12(C102D,IIII65,IIII66,II610);
  or OR3_13(Av13_D_8B,IIII91,IIII92,IIII93);
  or OR2_163(C207D,IIII68,IIII69);
  or OR4_6(C74D,IIII129,IIII130,IIII131,II542);
  or OR3_14(Av13_D_24B,IIII82,IIII83,IIII84);
  or OR2_164(C177D,IIII75,IIII76);
  or OR2_165(C187D,IIII108,IIII109);
  or OR3_15(Av13_D_14B,IIII78,IIII79,IIII80);
  or OR3_16(Av13_D_0B,IIII71,IIII72,IIII73);
  or OR2_166(Av13_D_7B,IIII51,IIII52);
  or OR3_17(Av13_D_3B,IIII34,IIII35,IIII36);
  or OR4_7(Av13_D_1B,IIII86,IIII87,IIII88,IIII89);
  or OR4_8(Av13_D_5B,IIII43,IIII44,IIII45,IIII46);
  or OR4_9(Av13_D_4B,IIII38,IIII39,IIII40,IIII41);
  or OR2_167(Av13_D_17B,IIII31,IIII32);
  or OR3_18(Av13_D_2B,IIII58,IIII59,IIII60);
  or OR2_168(Av13_D_12B,IIII48,IIII49);
  or OR2_169(C188D,IIII54,IIII55);
  or OR3_19(Av13_D_13B,IIII27,IIII28,IIII29);

endmodule